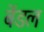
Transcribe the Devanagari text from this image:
बेंडल